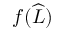
f ( \widehat { L } )